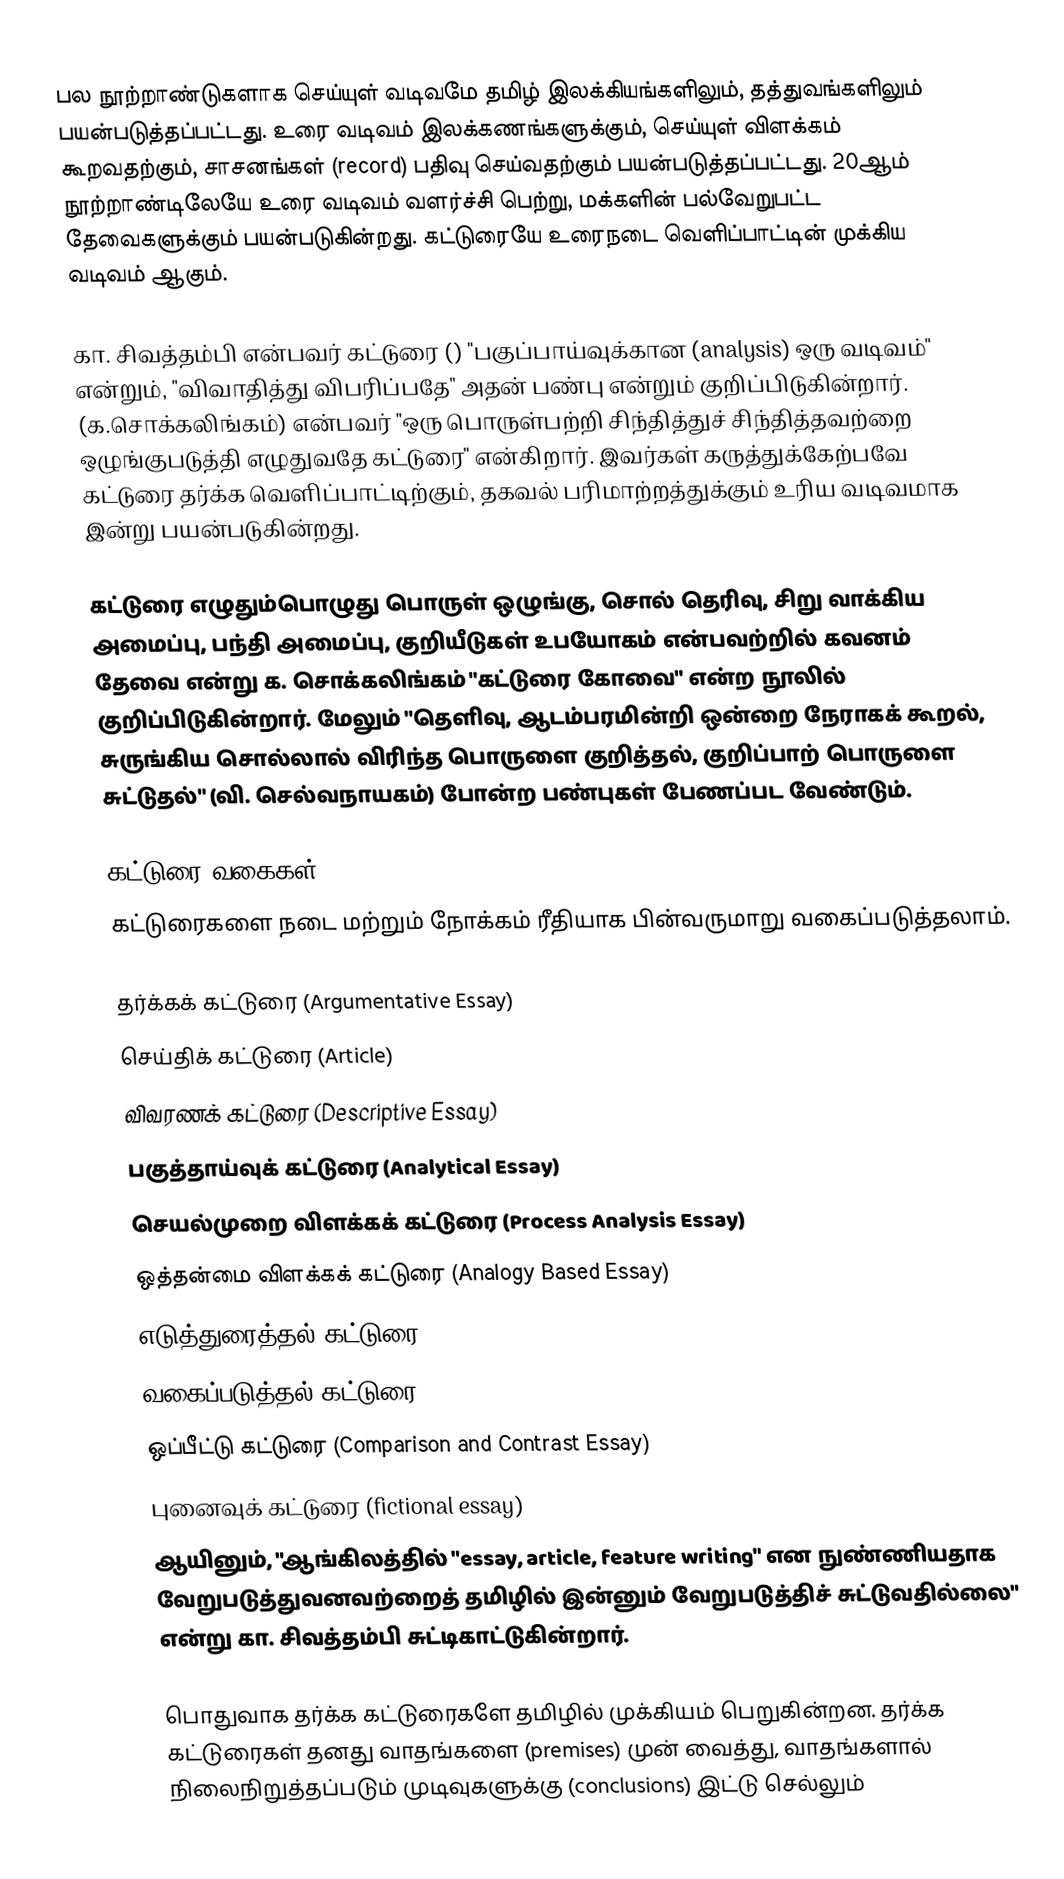
பல நூற்றாண்டுகளாக செய்யுள் வடிவமே தமிழ் இலக்கியங்களிலும், தத்துவங்களிலும் பயன்படுத்தப்பட்டது. உரை வடிவம் இலக்கணங்களுக்கும், செய்யுள் விளக்கம் கூறவதற்கும், சாசனங்கள் (record) பதிவு செய்வதற்கும் பயன்படுத்தப்பட்டது. 20ஆம் நூற்றாண்டிலேயே உரை வடிவம் வளர்ச்சி பெற்று, மக்களின் பல்வேறுபட்ட தேவைகளுக்கும் பயன்படுகின்றது. கட்டுரையே உரைநடை வெளிப்பாட்டின் முக்கிய வடிவம் ஆகும்.

கா. சிவத்தம்பி என்பவர் கட்டுரை () "பகுப்பாய்வுக்கான (analysis) ஒரு வடிவம்" என்றும், "விவாதித்து விபரிப்பதே" அதன் பண்பு என்றும் குறிப்பிடுகின்றார். (க.சொக்கலிங்கம்) என்பவர் "ஒரு பொருள்பற்றி சிந்தித்துச் சிந்தித்தவற்றை ஒழுங்குபடுத்தி எழுதுவதே கட்டுரை" என்கிறார். இவர்கள் கருத்துக்கேற்பவே கட்டுரை தர்க்க வெளிப்பாட்டிற்கும், தகவல் பரிமாற்றத்துக்கும் உரிய வடிவமாக இன்று பயன்படுகின்றது.

கட்டுரை எழுதும்பொழுது பொருள் ஒழுங்கு, சொல் தெரிவு, சிறு வாக்கிய அமைப்பு, பந்தி அமைப்பு, குறியீடுகள் உபயோகம் என்பவற்றில் கவனம் தேவை என்று க. சொக்கலிங்கம் "கட்டுரை கோவை" என்ற நூலில் குறிப்பிடுகின்றார். மேலும் "தெளிவு, ஆடம்பரமின்றி ஒன்றை நேராகக் கூறல், சுருங்கிய சொல்லால் விரிந்த பொருளை குறித்தல், குறிப்பாற் பொருளை சுட்டுதல்" (வி. செல்வநாயகம்) போன்ற பண்புகள் பேணப்பட வேண்டும்.

கட்டுரை வகைகள்
கட்டுரைகளை நடை மற்றும் நோக்கம் ரீதியாக பின்வருமாறு வகைப்படுத்தலாம்.

 தர்க்கக் கட்டுரை (Argumentative Essay)
 செய்திக் கட்டுரை (Article)
 விவரணக் கட்டுரை (Descriptive Essay)
 பகுத்தாய்வுக் கட்டுரை (Analytical Essay)
 செயல்முறை விளக்கக் கட்டுரை (Process Analysis Essay)
 ஒத்தன்மை விளக்கக் கட்டுரை (Analogy Based Essay)
 எடுத்துரைத்தல் கட்டுரை (Narrative Essay)
 வகைப்படுத்தல் கட்டுரை (Classification Essay)
 ஒப்பீட்டு கட்டுரை (Comparison and Contrast Essay)
 புனைவுக் கட்டுரை (fictional essay)
ஆயினும், "ஆங்கிலத்தில் "essay, article, feature writing" என நுண்ணியதாக வேறுபடுத்துவனவற்றைத் தமிழில் இன்னும் வேறுபடுத்திச் சுட்டுவதில்லை" என்று கா. சிவத்தம்பி சுட்டிகாட்டுகின்றார்.

பொதுவாக தர்க்க கட்டுரைகளே தமிழில் முக்கியம் பெறுகின்றன. தர்க்க கட்டுரைகள் தனது வாதங்களை (premises) முன் வைத்து, வாதங்களால் நிலைநிறுத்தப்படும் முடிவுகளுக்கு (conclusions) இட்டு செல்லும்